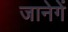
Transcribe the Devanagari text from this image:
जानेगें